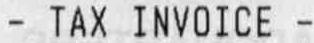
- TAX INVOICE -